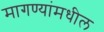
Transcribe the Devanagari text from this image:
मागण्यांमधील